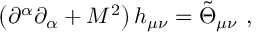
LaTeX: \left( \partial ^ { \alpha } \partial _ { \alpha } + M ^ { 2 } \right) h _ { \mu \nu } = \tilde { \Theta } _ { \mu \nu } \, \, ,